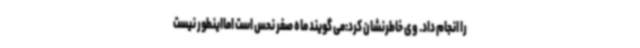
را انجام داد. وی خاطرنشان کرد:می گویند ماه صفر نحس است امااینطور نیست